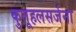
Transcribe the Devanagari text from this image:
कुतूहलसर्जना